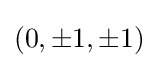
(0,\pm 1,\pm 1)